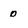
Character: 0